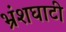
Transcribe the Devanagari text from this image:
भ्रंशघाटी